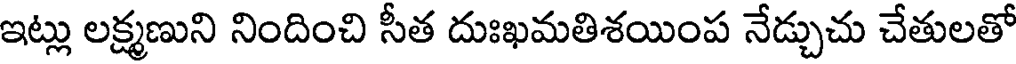
ఇట్లు లక్ష్మణుని నిందించి సీత దుఃఖమతిశయింప నేడ్చుచు చేతులతో